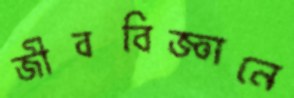
জীববিজ্ঞানে